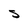
Character: S